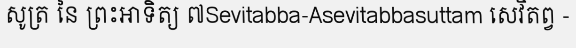
សូត្រ នៃ ព្រះអាទិត្យ ៧Sevitabba-Asevitabbasuttam សេវិតព្វ -